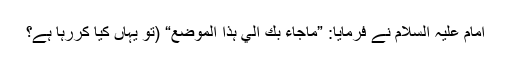
امام عليہ السلام نے فرمايا: ”ماجاءَ بِكَ إليٰ ہذَا المَوضِع“ (تو يہاں كيا كررہا ہے؟